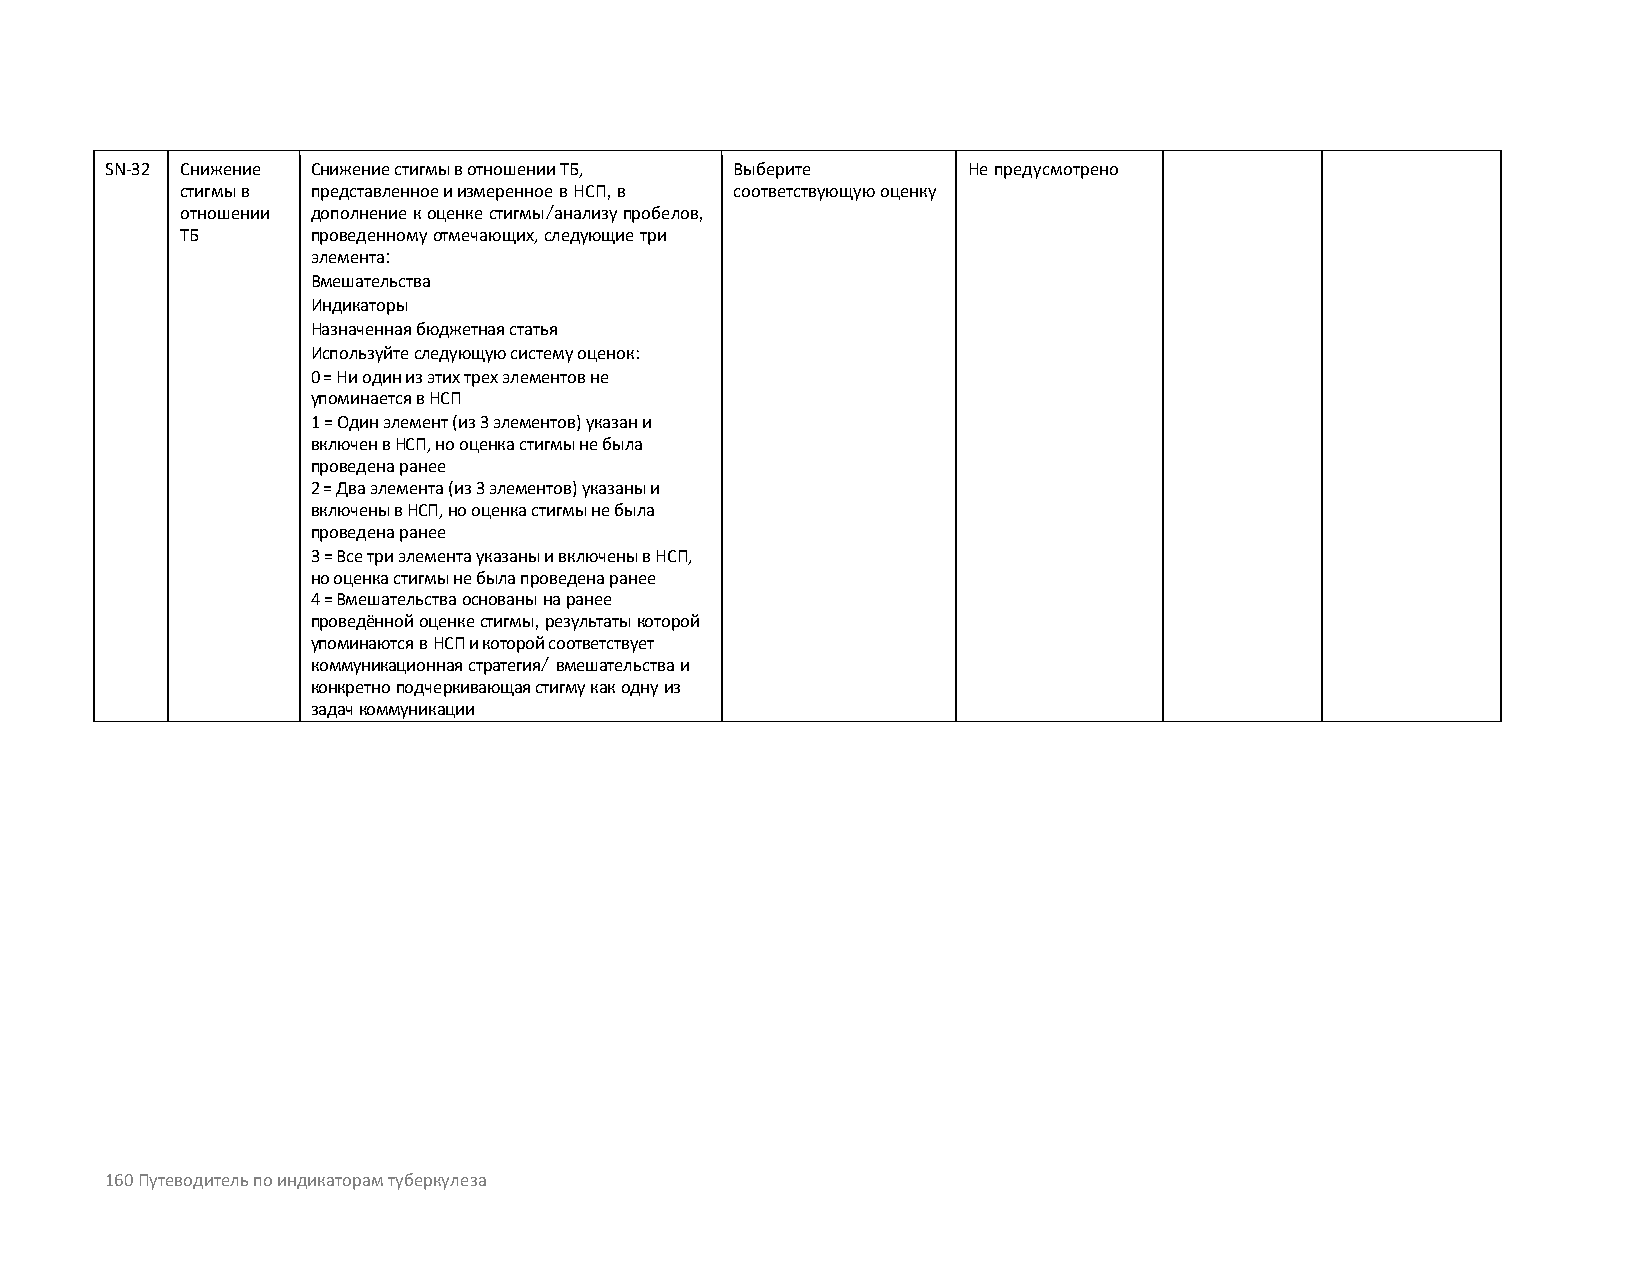
SN-32 Снижение Снижение стигмы в отношении ТБ, Выберите  Не предусмотрено
 стигмы в представленное и измеренное в НСП, в соответствующую оценку
 отношении дополнение к оценке стигмы/анализу пробелов,
 ТБ       проведенному отмечающих, следующие три
 элемента:
 Вмешательства
 Индикаторы
 Назначенная бюджетная статья
 Используйте следующую систему оценок:
 0 = Ни один из этих трех элементов не
 упоминается в НСП
 1 = Один элемент (из 3 элементов) указан и
 включен в НСП, но оценка стигмы не была
 проведена ранее
 2 = Два элемента (из 3 элементов) указаны и
 включены в НСП, но оценка стигмы не была
 проведена ранее
 3 = Все три элемента указаны и включены в НСП,
 но оценка стигмы не была проведена ранее
 4 = Вмешательства основаны на ранее
 проведённой оценке стигмы, результаты которой
 упоминаются в НСП и которой соответствует
 коммуникационная стратегия/ вмешательства и
 конкретно подчеркивающая стигму как одну из
 задач коммуникации
 160 Путеводитель по индикаторам туберкулеза